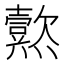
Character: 𱬨